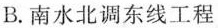
B.南水北调东线工程